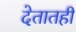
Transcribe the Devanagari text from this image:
देतातही